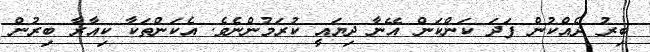
ބިރު ދެއްކުން ފަދަ ކަންކަން އޭނާ ދިޔައީ ކުރަމުންނެވެ. އެކަންތަކާ ކިއާރާ ބިރުން